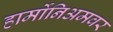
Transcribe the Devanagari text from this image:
हार्मोनिअमवर